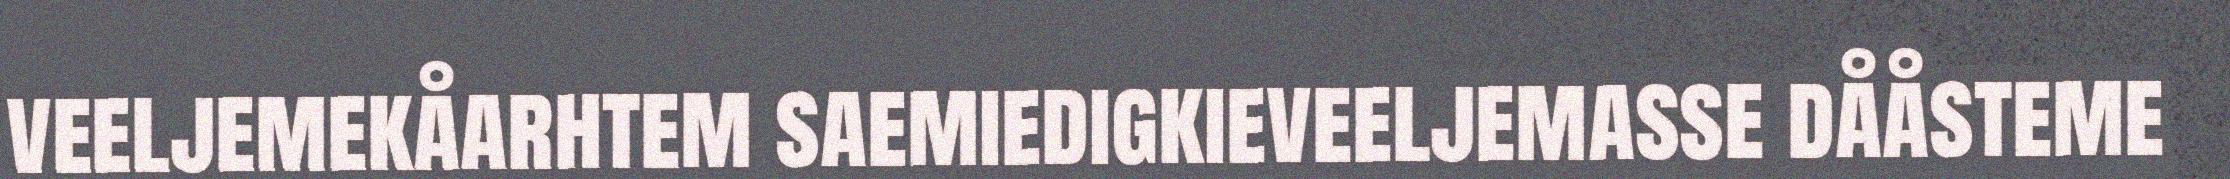
veeljemekåarhtem saemiedigkieveeljemasse dååsteme